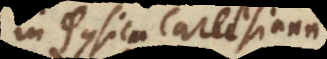
in Physica Cartesiana